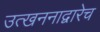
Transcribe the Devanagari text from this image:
उत्खननाद्वारेच